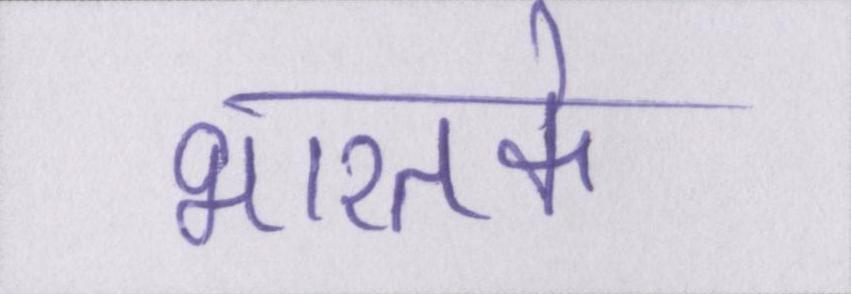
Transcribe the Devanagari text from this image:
भारतके